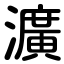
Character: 瀇